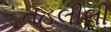
તહલીલી